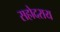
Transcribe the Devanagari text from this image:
सहोदराय